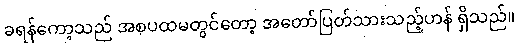
ခရန်ကော့သည် အစပထမတွင်တော့ အတော်ပြတ်သားသည့်ဟန် ရှိသည်။